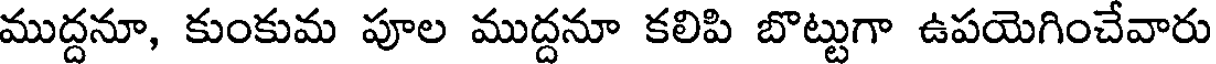
ముద్దనూ, కుంకుమ పూల ముద్దనూ కలిపి బొట్టుగా ఉపయెగించేవారు